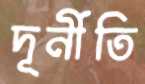
দূর্নীতি